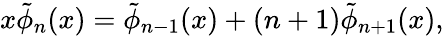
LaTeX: x\tilde{\phi}_{n}(x)=\tilde{\phi}_{n-1}(x)+(n+1)\tilde{\phi}_{n+1}(x),